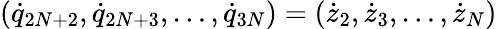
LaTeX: ({\dot{q}}_{2N+2},{\dot{q}}_{2N+3},\dots,{\dot{q}}_{3N})=({\dot{z}}_{2},{\dot{z}}_{3},\dots,{\dot{z}}_{N})